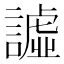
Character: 譃